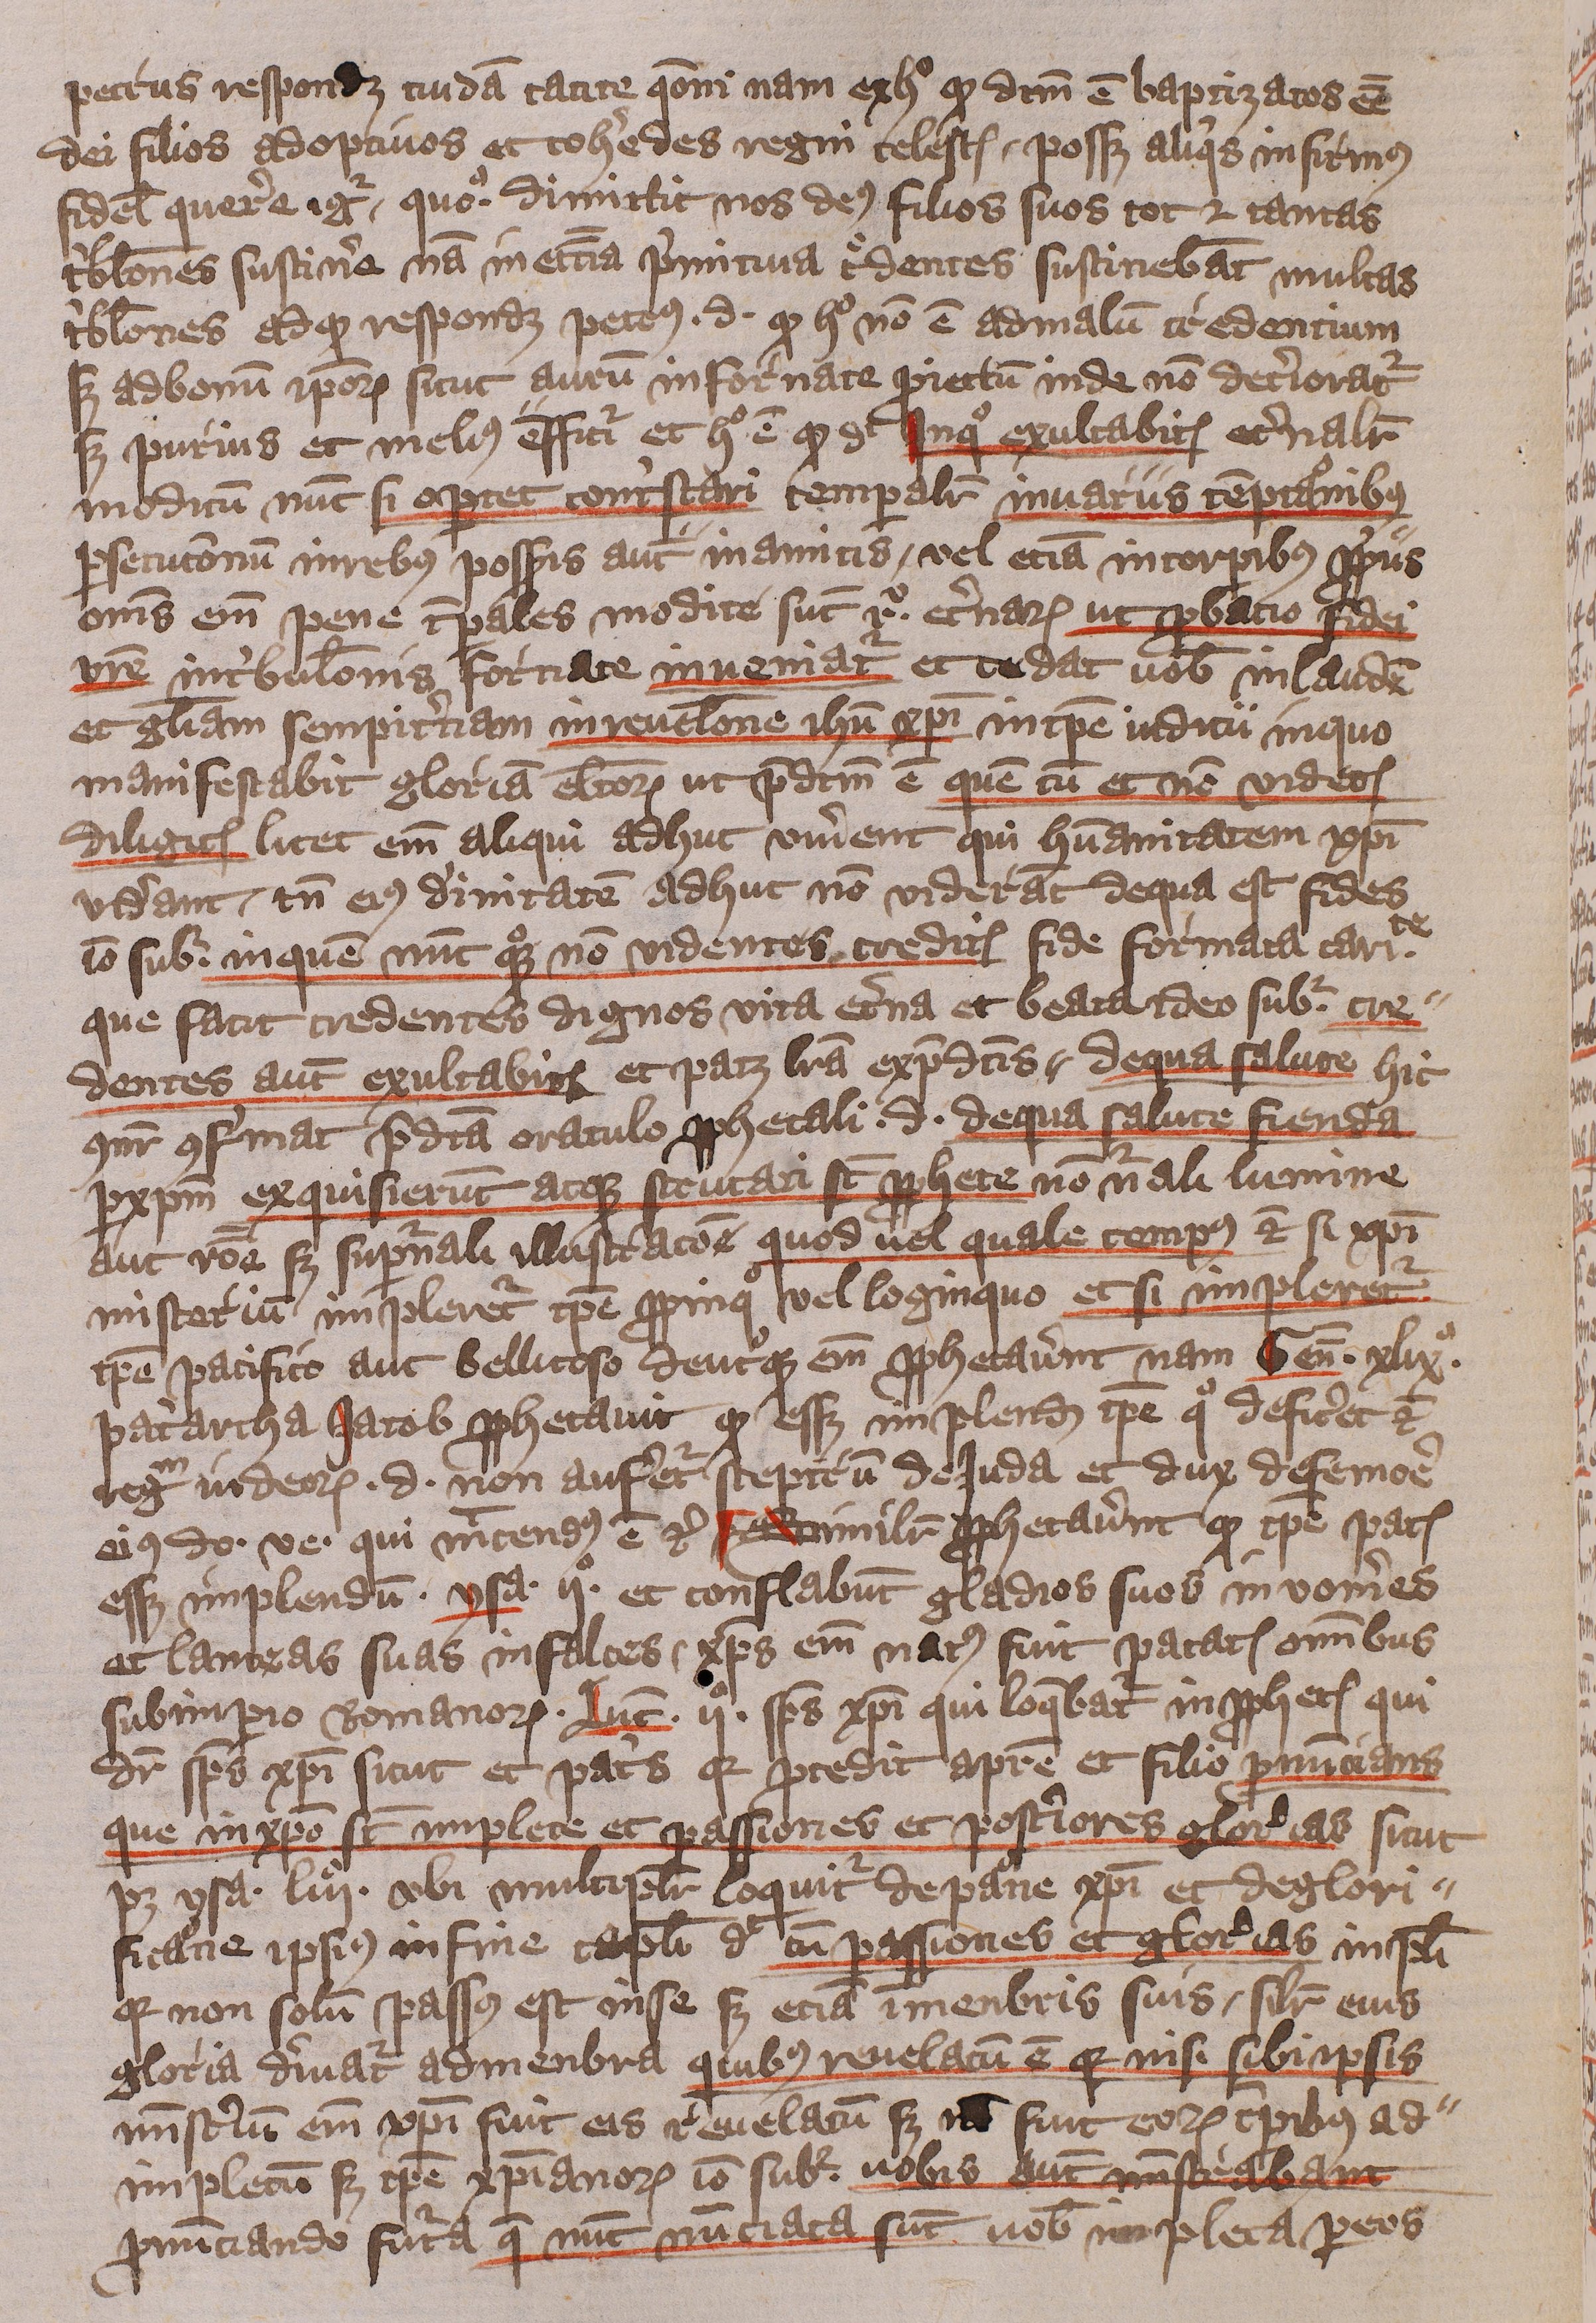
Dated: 1405–1407